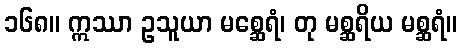
၁၆၈။ ဣဿာ ဥသူယာ မစ္ဆေရံ၊ တု မစ္ဆရိယ မစ္ဆရံ။